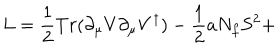
L = \frac { 1 } { 2 } T r ( \partial _ { \mu } V \partial _ { \mu } V ^ { \dagger } ) - \frac { 1 } { 2 } a N _ { f } S ^ { 2 } +